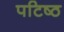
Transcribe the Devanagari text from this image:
पटिष्ठ